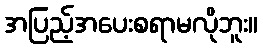
အပြည့်အပေးစရာမလိုဘူး။